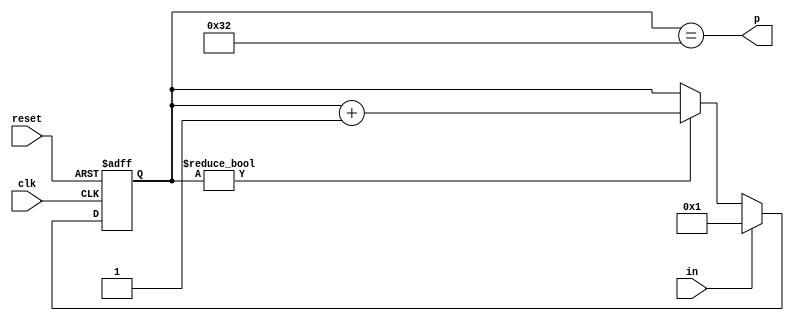
module dly1us(input clk, input reset, input in, output p);
	reg [6-1:0] r;
	always @(posedge clk or posedge reset) begin
		if(reset)
			r <= 0;
		else begin
			if(r)
				r <= r + 6'b1;
			if(in)
				r <= 1;
		end
	end
	assign p = r == 50;
endmodule